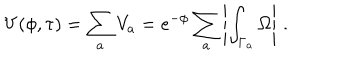
V ( \phi , \tau ) = \sum _ { a } V _ { a } = e ^ { - \phi } \sum _ { a } \left| \int _ { \Gamma _ { a } } \Omega \right| \, .